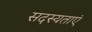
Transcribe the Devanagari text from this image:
सदस्यताएं